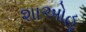
શાઓહૂ